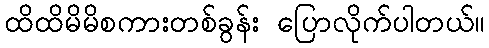
ထိထိမိမိစကားတစ်ခွန်း ပြောလိုက်ပါတယ်။